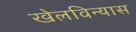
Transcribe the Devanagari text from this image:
खेलविन्यास